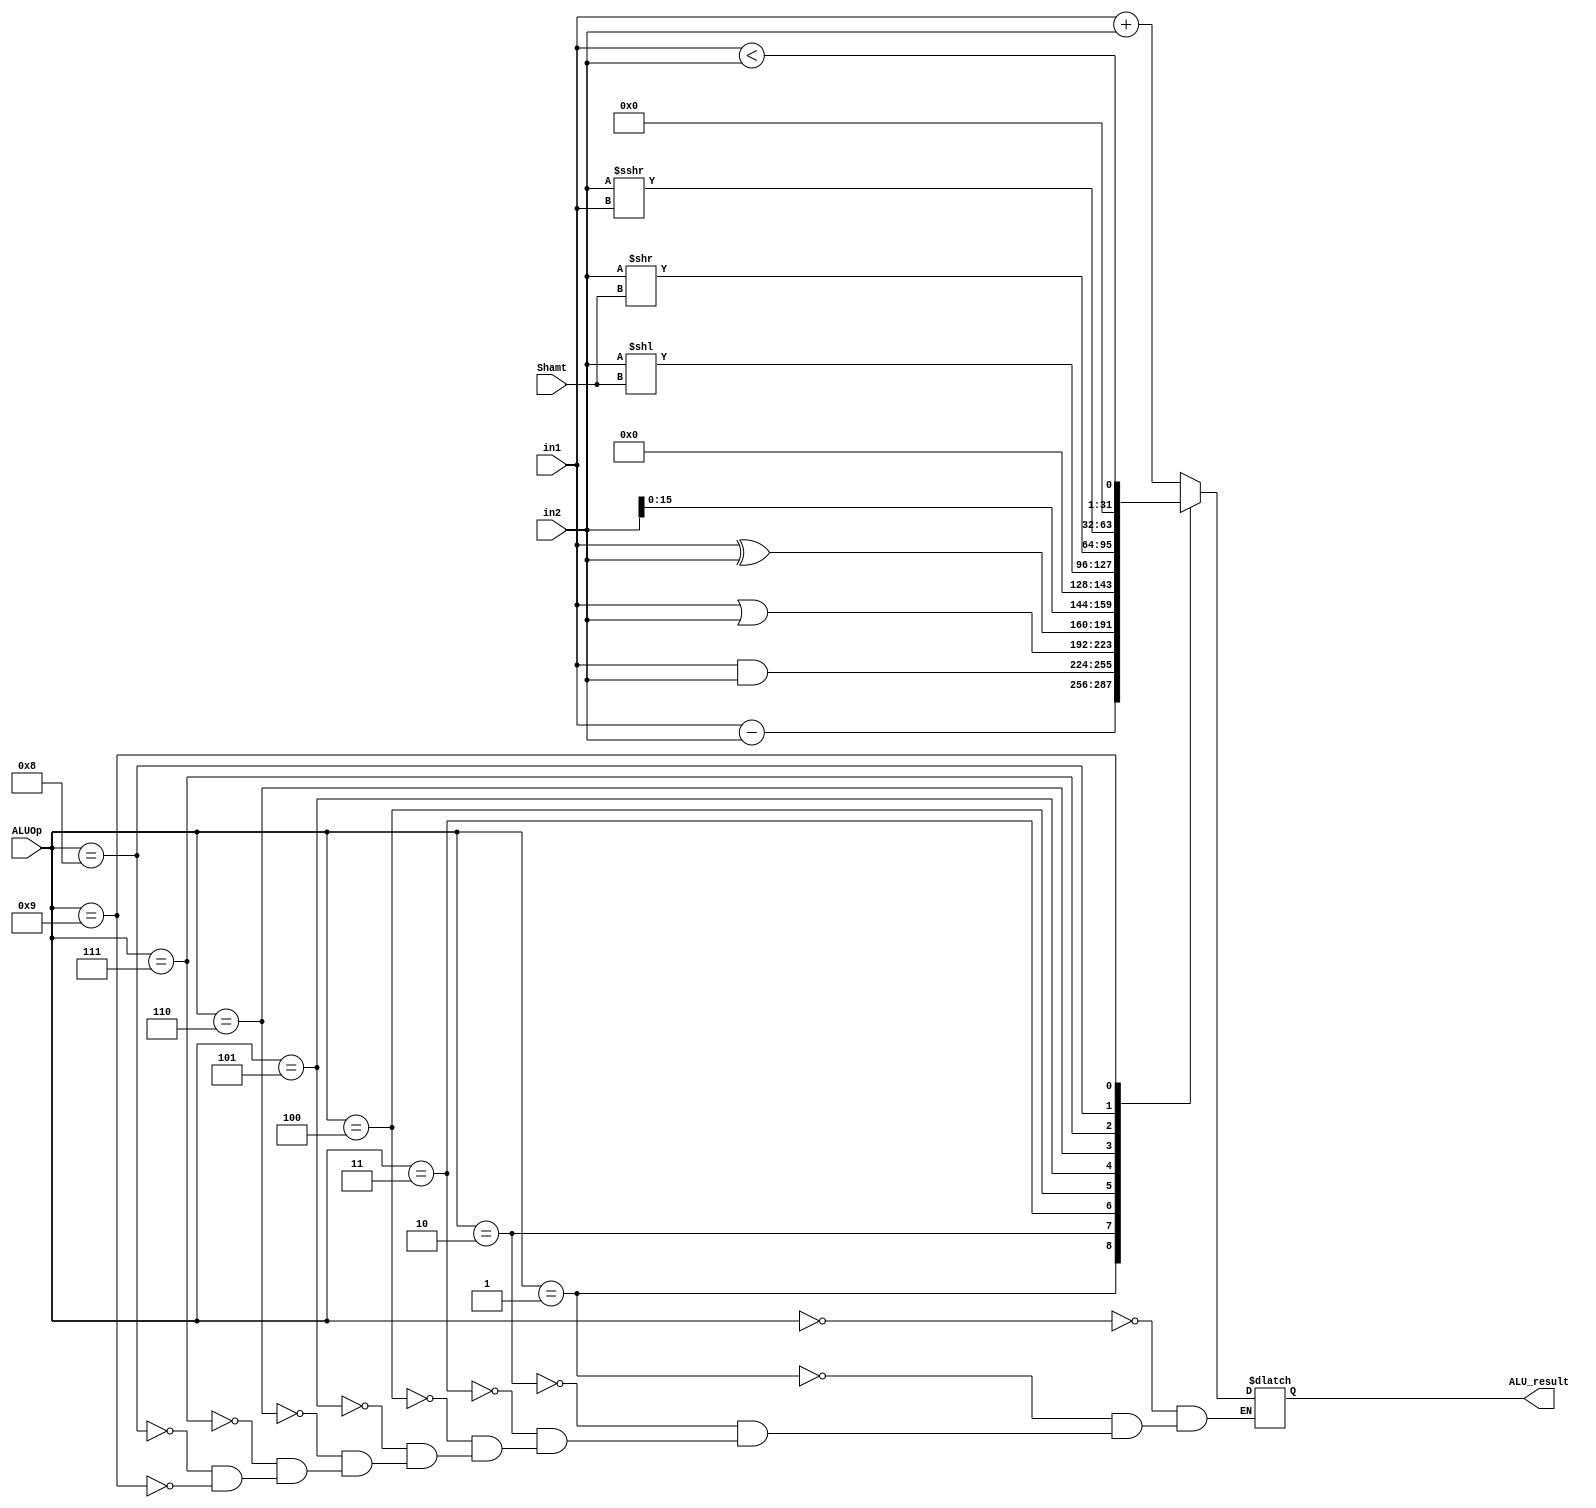
`timescale 1ns/1ps
module ALU (
    input [31:0] in1,
    input [31:0] in2,
    input [3:0] ALUOp,
    input [4:0] Shamt,
    output [31:0] ALU_result
);
    reg [31:0] result;
    assign ALU_result = result;
    always @(*) begin
        case (ALUOp)
            0:result <= in1 + in2;
            1:result <= in1 - in2;
            2:result <= in1 & in2;
            3:result <= in1 | in2;
            4:result <= in1 ^ in2;
            5:result <= in2 << 16;
            6:result <= in2 << Shamt;
            7:result <= in2 >> Shamt;
            8:result <= $signed(in2) >>> in1;
            9:result <= (in1 < in2);
        endcase
    end
endmodule //ALU